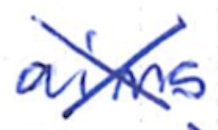
Text: aims
Cross-out: cross
Writing tool: ballpoint